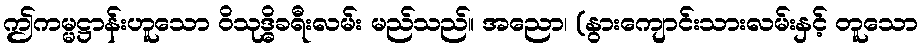
ဤကမ္မဋ္ဌာန်းဟူသော ဝိသုဒ္ဓိခရီးလမ်း မည်သည်။ အညော၊ (နွားကျောင်းသားလမ်းနှင့် တူသော